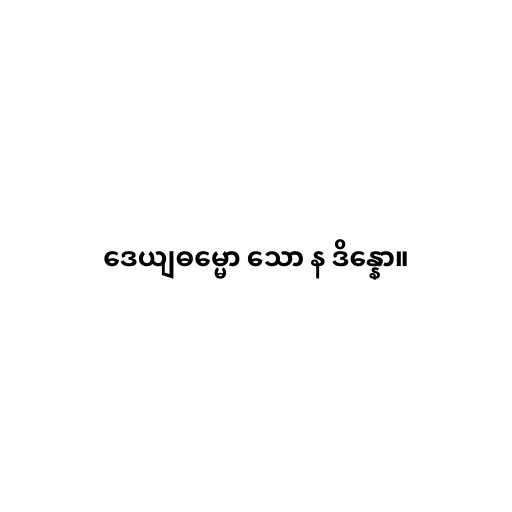
ဒေယျဓမ္မော သော န ဒိန္နော။